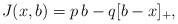
LaTeX: \begin{align*}J(x,b) = p\,b - q [b-x]_+ ,\end{align*}